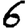
Digit: 6